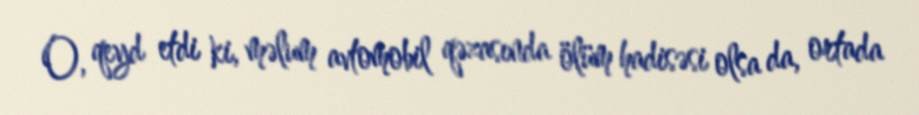
O, qeyd etdi ki, məlum avtomobil qəzasında ölüm hadisəsi olsa da, ortada